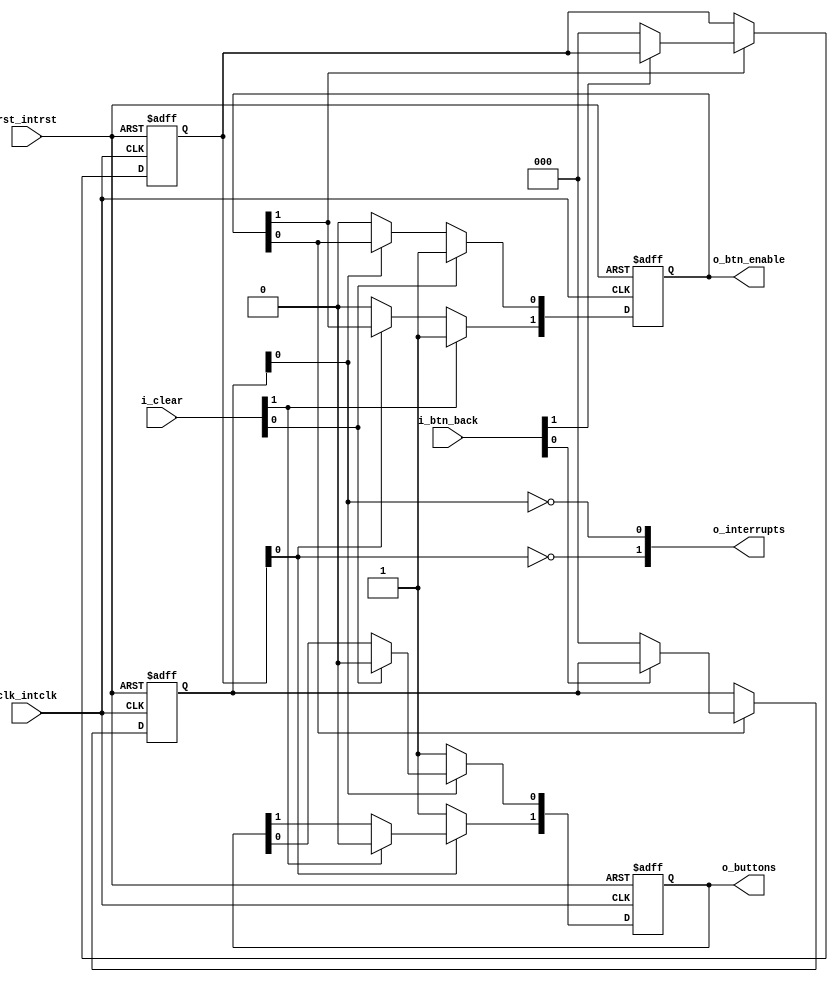
module MNR0_debouncer # (
    parameter           p_ubtn = 2)         // number of user buttons

(   //  --------    button interface    ------------

    input [p_ubtn-1:0]  i_btn_back,         // button feedback signal
    output [p_ubtn-1:0] o_btn_enable,       // button enable signal

    //  --------    upward result   ----------------

    output [p_ubtn-1:0] o_buttons,          // button vector for CPU
    output [p_ubtn-1:0] o_interrupts,       // interrupt bit active
    input [p_ubtn-1:0]  i_clear,            // clear interrupt bit

    //  --------    globals     --------------------

    input               clk_intclk,         // internal clock
    input               rst_intrst          // internal high-active reset
);

    wire [p_ubtn-1:0]   w_buttons;          // button vector for CPU, combinatorial

//  ------------    enable / disable buttons    -----------------------

`ifdef CODINGSTYLE_FPGA
    reg [p_ubtn-1:0]    r_enablereg = 0;    // start disabled
`else
    reg [p_ubtn-1:0]    r_enablereg;
`endif

    integer i;

`ifdef CODINGSTYLE_FPGA
always @ (posedge clk_intclk)
begin
`else
always @ (posedge rst_intrst or posedge clk_intclk)
begin
    if (rst_intrst)
        // start disabled
        r_enablereg <= 0;
    else
`endif
        for (i=0; i<p_ubtn; i=i+1)
            // loop through vector
            if (i_clear[i])
                // CPU clears request, enable
                r_enablereg[i] <= 'b1;
            else if (w_buttons[i])
                // button active, disable
                r_enablereg[i] <= 'b0;
end

    // output matching
    assign o_btn_enable = r_enablereg;

//  ------------    voodoo happens here -------------------------------

    localparam          c_stage = 3;        // sample every button c_stage times

genvar g;
generate
    for (g=0; g<p_ubtn; g=g+1) begin

`ifdef CODINGSTYLE_FPGA
    reg [c_stage-1:0]   r_shiftreg = ~0;    // start empty
`else
    reg [c_stage-1:0]   r_shiftreg;
`endif

`ifdef CODINGSTYLE_FPGA
always @ (posedge clk_intclk)
begin
`else
always @ (posedge rst_intrst or posedge clk_intclk)
begin
    if (rst_intrst)
        // start empty
        r_shiftreg <= ~0;
    else
`endif
        if (r_enablereg[g])
            // button is enabled
            if (~i_btn_back[g])
                // gotcha
                r_shiftreg <= 0;
            else
                // still hold, feed in default one
                r_shiftreg <= {1'b1, r_shiftreg[c_stage-1:0]};
        else
            // button released, shift in one
            r_shiftreg <= {1'b1, r_shiftreg[c_stage-1:0]};
end

    // signal matching, vector over all buttons
    assign w_buttons[g] = ~r_shiftreg[0];

    end
endgenerate

//  ------------    upward matching -----------------------------------

`ifdef CODINGSTYLE_FPGA
    reg [p_ubtn-1:0]    r_buttons = 0;      // start with button unpressed
`else
    reg [p_ubtn-1:0]    r_buttons;
`endif

`ifdef CODINGSTYLE_FPGA
always @ (posedge clk_intclk)
begin
`else
always @ (posedge rst_intrst or posedge clk_intclk)
begin
    if (rst_intrst)
        // start with button unpressed
        r_buttons <= 0;
    else
`endif
        for (i=0; i<p_ubtn; i=i+1)
            // loop through vector
            if (w_buttons[i])
                // button active, follow
                r_buttons[i] <= 'b1;
            else if (i_clear[i])
                // CPU clears request, follow
                r_buttons[i] <= 'b0;
end

    // output matching
    assign o_interrupts = w_buttons;
    assign o_buttons = r_buttons;

endmodule